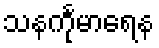
သနင်္ကုမာရေန